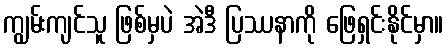
ကျွမ်းကျင်သူ ဖြစ်မှပဲ အဲဒီ ပြဿနာကို ဖြေရှင်းနိုင်မှာ။